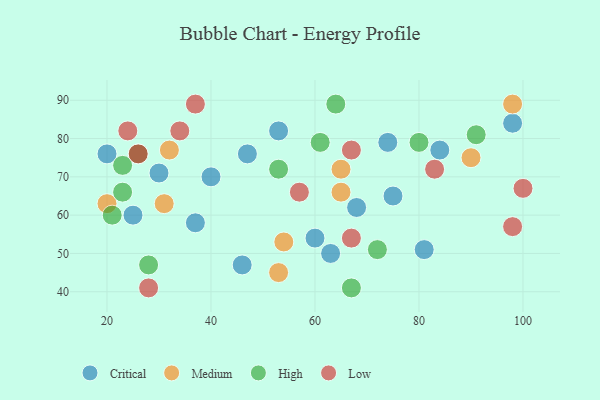
{"axis": {"x": "GDP", "y": "Life Expectancy"}, "legend": ["Critical", "High", "Low", "Medium"], "data": [{"x": "47", "y": 76, "type": "Critical"}, {"x": "37", "y": 58, "type": "Critical"}, {"x": "63", "y": 50, "type": "Critical"}, {"x": "84", "y": 77, "type": "Critical"}, {"x": "53", "y": 82, "type": "Critical"}, {"x": "30", "y": 71, "type": "Critical"}, {"x": "40", "y": 70, "type": "Critical"}, {"x": "68", "y": 62, "type": "Critical"}, {"x": "25", "y": 60, "type": "Critical"}, {"x": "60", "y": 54, "type": "Critical"}, {"x": "20", "y": 76, "type": "Critical"}, {"x": "74", "y": 79, "type": "Critical"}, {"x": "81", "y": 51, "type": "Critical"}, {"x": "75", "y": 65, "type": "Critical"}, {"x": "98", "y": 84, "type": "Critical"}, {"x": "46", "y": 47, "type": "Critical"}, {"x": "54", "y": 53, "type": "Medium"}, {"x": "20", "y": 63, "type": "Medium"}, {"x": "90", "y": 75, "type": "Medium"}, {"x": "32", "y": 77, "type": "Medium"}, {"x": "98", "y": 89, "type": "Medium"}, {"x": "65", "y": 72, "type": "Medium"}, {"x": "53", "y": 45, "type": "Medium"}, {"x": "65", "y": 66, "type": "Medium"}, {"x": "31", "y": 63, "type": "Medium"}, {"x": "21", "y": 60, "type": "High"}, {"x": "72", "y": 51, "type": "High"}, {"x": "91", "y": 81, "type": "High"}, {"x": "23", "y": 66, "type": "High"}, {"x": "28", "y": 47, "type": "High"}, {"x": "67", "y": 41, "type": "High"}, {"x": "26", "y": 76, "type": "High"}, {"x": "64", "y": 89, "type": "High"}, {"x": "80", "y": 79, "type": "High"}, {"x": "53", "y": 72, "type": "High"}, {"x": "61", "y": 79, "type": "High"}, {"x": "23", "y": 73, "type": "High"}, {"x": "67", "y": 54, "type": "Low"}, {"x": "57", "y": 66, "type": "Low"}, {"x": "100", "y": 67, "type": "Low"}, {"x": "37", "y": 89, "type": "Low"}, {"x": "26", "y": 76, "type": "Low"}, {"x": "98", "y": 57, "type": "Low"}, {"x": "24", "y": 82, "type": "Low"}, {"x": "28", "y": 41, "type": "Low"}, {"x": "67", "y": 77, "type": "Low"}, {"x": "34", "y": 82, "type": "Low"}, {"x": "83", "y": 72, "type": "Low"}]}